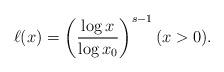
LaTeX: \begin{align*}\ell(x) = \left(\frac{\log x}{\log x_0}\right)^{s-1} (x > 0) .\end{align*}